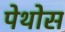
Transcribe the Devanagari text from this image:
पेथोस